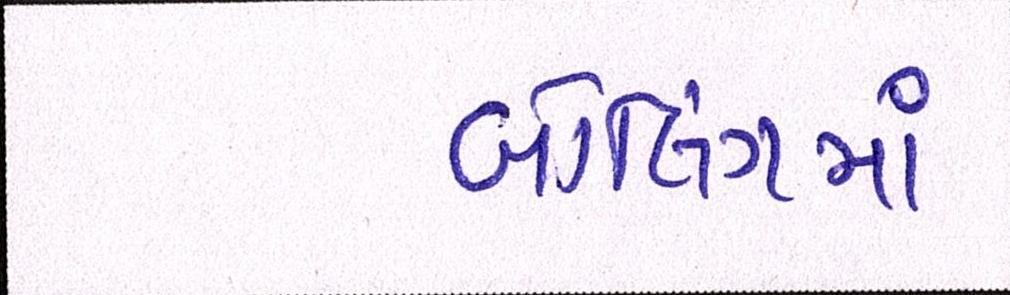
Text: બોલિંગમાં